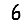
Digit: 6